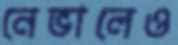
নেভালেও